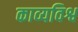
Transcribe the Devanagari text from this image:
काव्यविश्व